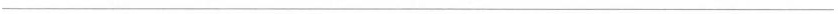
___